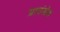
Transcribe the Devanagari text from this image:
ग्राउंडेड